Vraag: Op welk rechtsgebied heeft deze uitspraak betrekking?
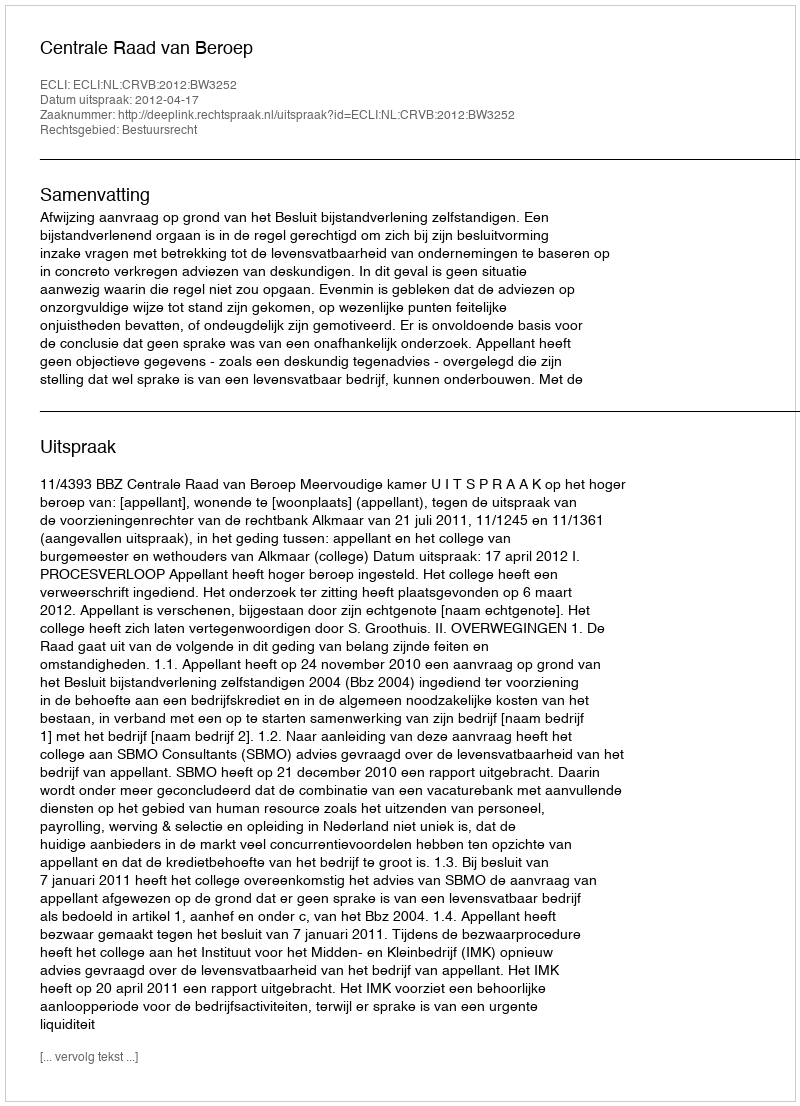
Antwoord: Bestuursrecht